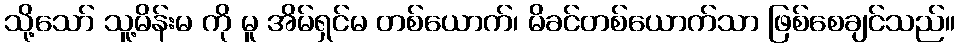
သို့သော် သူ့မိန်းမ ကို မူ အိမ်ရှင်မ တစ်ယောက်၊ မိခင်တစ်ယောက်သာ ဖြစ်စေချင်သည်။